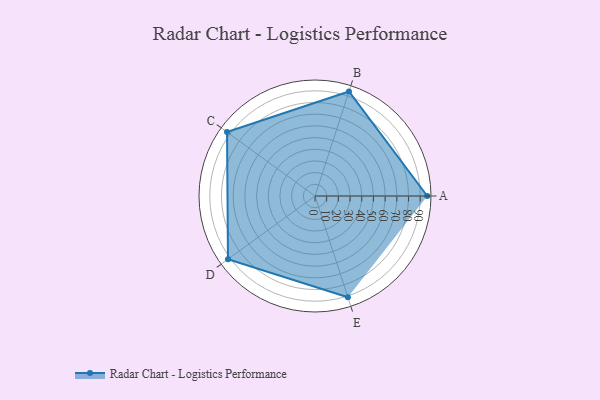
{"axis": {"x": "Skill", "y": "Score"}, "legend": ["Profile"], "data": [{"x": "A", "y": 96.0, "type": "Profile"}, {"x": "B", "y": 94.0, "type": "Profile"}, {"x": "C", "y": 93.0, "type": "Profile"}, {"x": "D", "y": 92.0, "type": "Profile"}, {"x": "E", "y": 91.0, "type": "Profile"}]}